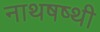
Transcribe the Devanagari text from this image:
नाथषष्थी